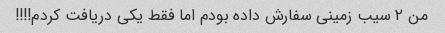
من ۲ سیب زمینی سفارش داده بودم اما فقط یکی دریافت کردم!!!!